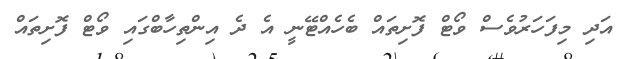
އަދި މިފަހަރުވެސް ވޯޓް ފޮށިތައް ބެހެއްޓޭނީ އެ ދެ އިންތިހާބްގައި ވޯޓް ފޮށިތައް